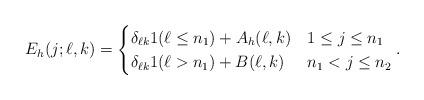
LaTeX: \begin{align*}E_h(j;\ell,k)=\begin{cases} \delta_{\ell k}1(\ell\le n_1)+A_h(\ell,k) & 1\le j\le n_1 \\ \delta_{\ell k}1(\ell >n_1)+B(\ell,k) & n_1<j\le n_2 \end{cases}.\end{align*}